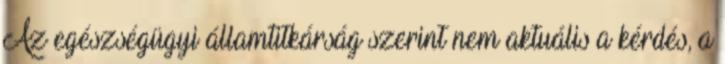
Az egészségügyi államtitkárság szerint nem aktuális a kérdés, a